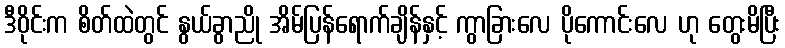
ဒီဝိုင်းက စိတ်ထဲတွင် နွယ်ခွာညို အိမ်ပြန်ရောက်ချိန်နှင့် ကွာခြားလေ ပိုကောင်းလေ ဟု တွေးမိပြီး